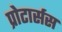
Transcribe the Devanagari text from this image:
प्रोटार्सस